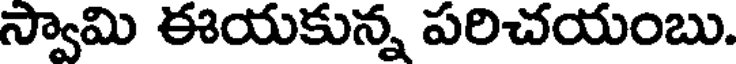
స్వామి ఈయకున్న పరిచయంబు.